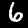
Digit: 6